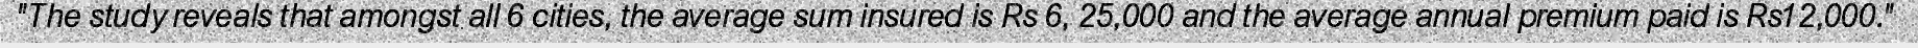
"The study reveals that amongst all 6 cities, the average sum insured is Rs 6, 25,000 and the average annual premium paid is Rs12,000."